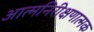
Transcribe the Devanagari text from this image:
आत्मनिरीक्षणात्मक